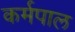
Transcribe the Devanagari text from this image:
कर्मपाल